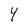
Character: Y